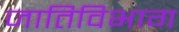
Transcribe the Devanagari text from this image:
जातिविभाग